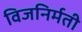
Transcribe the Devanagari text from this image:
विजनिर्मती